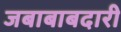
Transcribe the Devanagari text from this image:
जबाबाबदारी